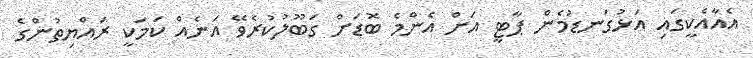
އެއާއެކީގައި އަޅުގަނޑުމެން ޕާޓީ އަށް އެންމެ ބޮޑަށް ގަބޫލުކުރެވޭ އަނެއް ކަމަކީ ރައްޔިތުންގެ